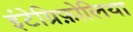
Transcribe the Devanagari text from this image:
इंटेग्रिफ़ोलिया